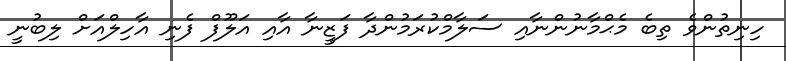
ހިނިތުންވެ ތިބެ މެޙްމާނުންނާއި ސަލާމްކުރަމުންދާ ފަޒީނާ އާއި އަލޫފް ފެނި އާހިލްއަށް ލިބުނީ